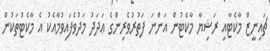
ޗައިނީޒް މާކެޓާއި ރަޝިޔާ މާކެޓުން އަންނަ ފަތުރުވެރިންގެ ޢަދަދު މަދުވެފައިވުމާއެކު އެ މާކެޓުތަކުން